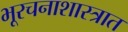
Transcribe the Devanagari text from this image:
भूरचनाशास्त्रात